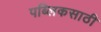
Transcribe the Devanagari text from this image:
पब्लिकसाठी